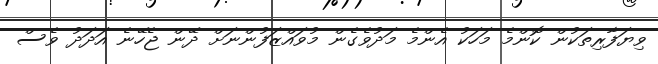
ވިޔަފާރިތަކުން ކޮންމެ މަހަކު އެންމެ މަދުވެގެން މުވައްޒަފުންނަށް ދޭން ޖެހޭނެ އަދަދު ވެސް